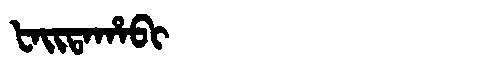
Manchu: ᡶᠠᡳᡨᠠᡥᠠᠪᡳ
Romanization: FAITAHABI